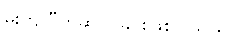
မိုးကျပြီဟုဆိုလိုခြင်းဖြစ်ပါသည်။